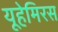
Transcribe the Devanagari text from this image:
यूहेमिरस